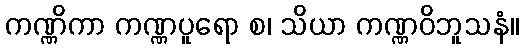
ကဏ္ဏိကာ ကဏ္ဏပူရော စ၊ သိယာ ကဏ္ဏဝိဘူသနံ။